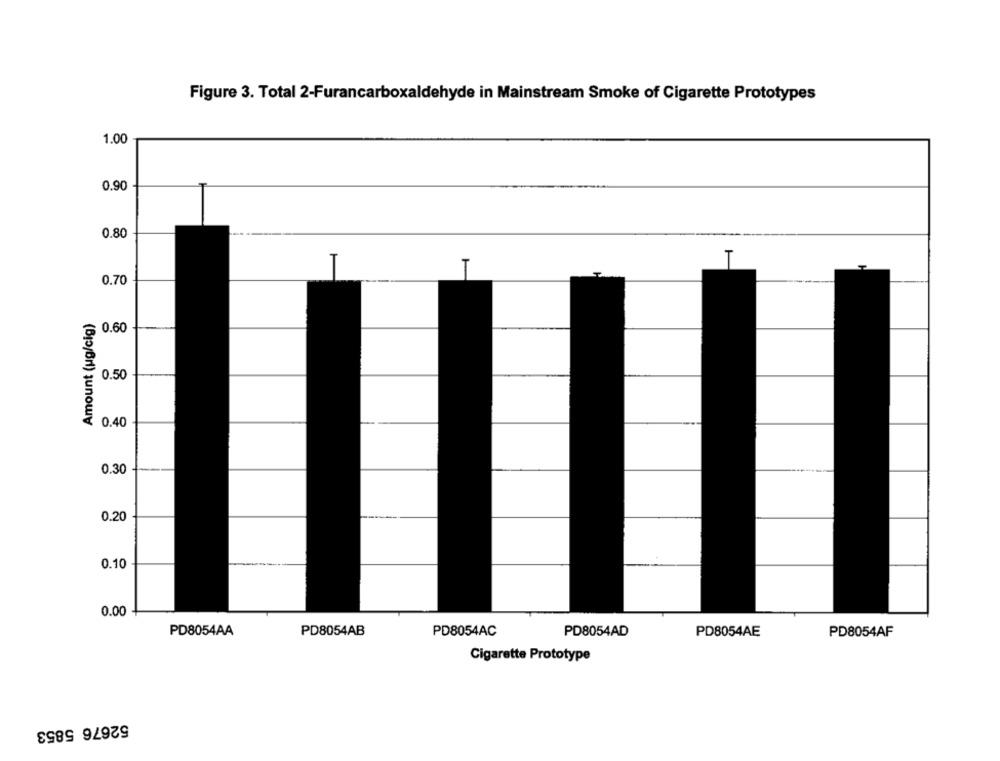
Figure 3. Total 2-Furancarboxaldehyde in Mainstream Smoke of Cigarette Prototypes
1.00
0.90
0.80
0.70
Amount (ug/cig)
$ 0.60
0.50
0.40
0.30
0.20
0.10
0.00
PD8054AB
PD8054AC
PD8054AD
PD8054AE
PD8054AF
PD8054AA
Cigarette Prototype
52676 5853